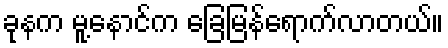
ခုနက မူ့နောင်က ခြေမြန်ရောက်လာတယ်။